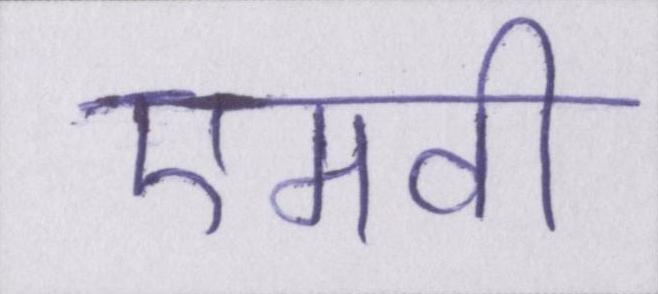
एमवी